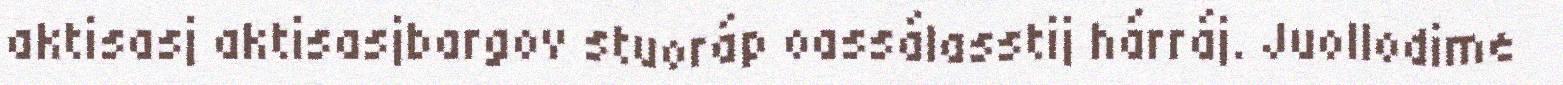
aktisasj aktisasjbargov stuoráp oassálasstij hárráj. Juollodime